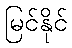
မြင်နိုင်